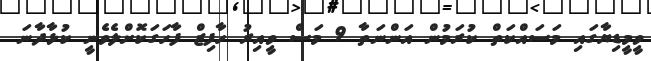
ވީމީޑިޔާގައި މަސައްކަތް ކުރަމުން އަންނަތާ 9 މަސް ވީއިރު ހާފިޒް ފާހަގަކޮށްލެވެނީ ކުޅާދާނަ